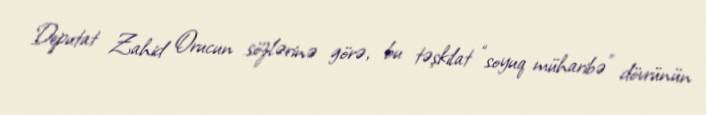
Deputat Zahid Orucun sözlərinə görə, bu təşkilat “soyuq müharibə” dövrünün